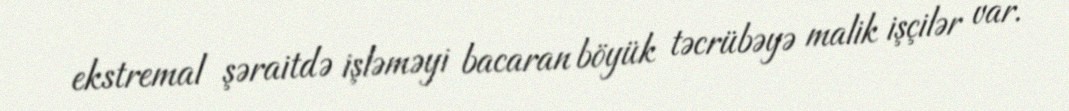
ekstremal şəraitdə işləməyi bacaran böyük təcrübəyə malik işçilər var.